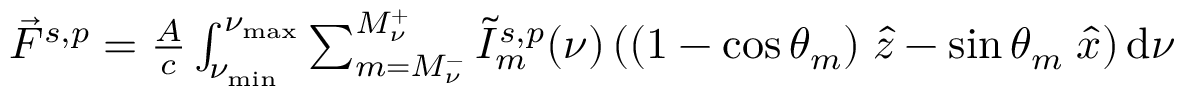
\begin{array} { r } { \Vec { F } ^ { s , p } = \frac { A } { c } \int _ { \nu _ { \mathrm { m i n } } } ^ { \nu _ { \mathrm { m a x } } } \sum _ { m = M _ { \nu } ^ { - } } ^ { M _ { \nu } ^ { + } } \tilde { I } _ { m } ^ { s , p } ( \nu ) \left( ( 1 - \cos \theta _ { m } ) \; \hat { z } - \sin \theta _ { m } \; \hat { x } \right) \mathrm { d } \nu } \end{array}